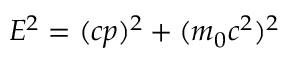
E ^ { 2 } = ( c p ) ^ { 2 } + ( m _ { 0 } c ^ { 2 } ) ^ { 2 }